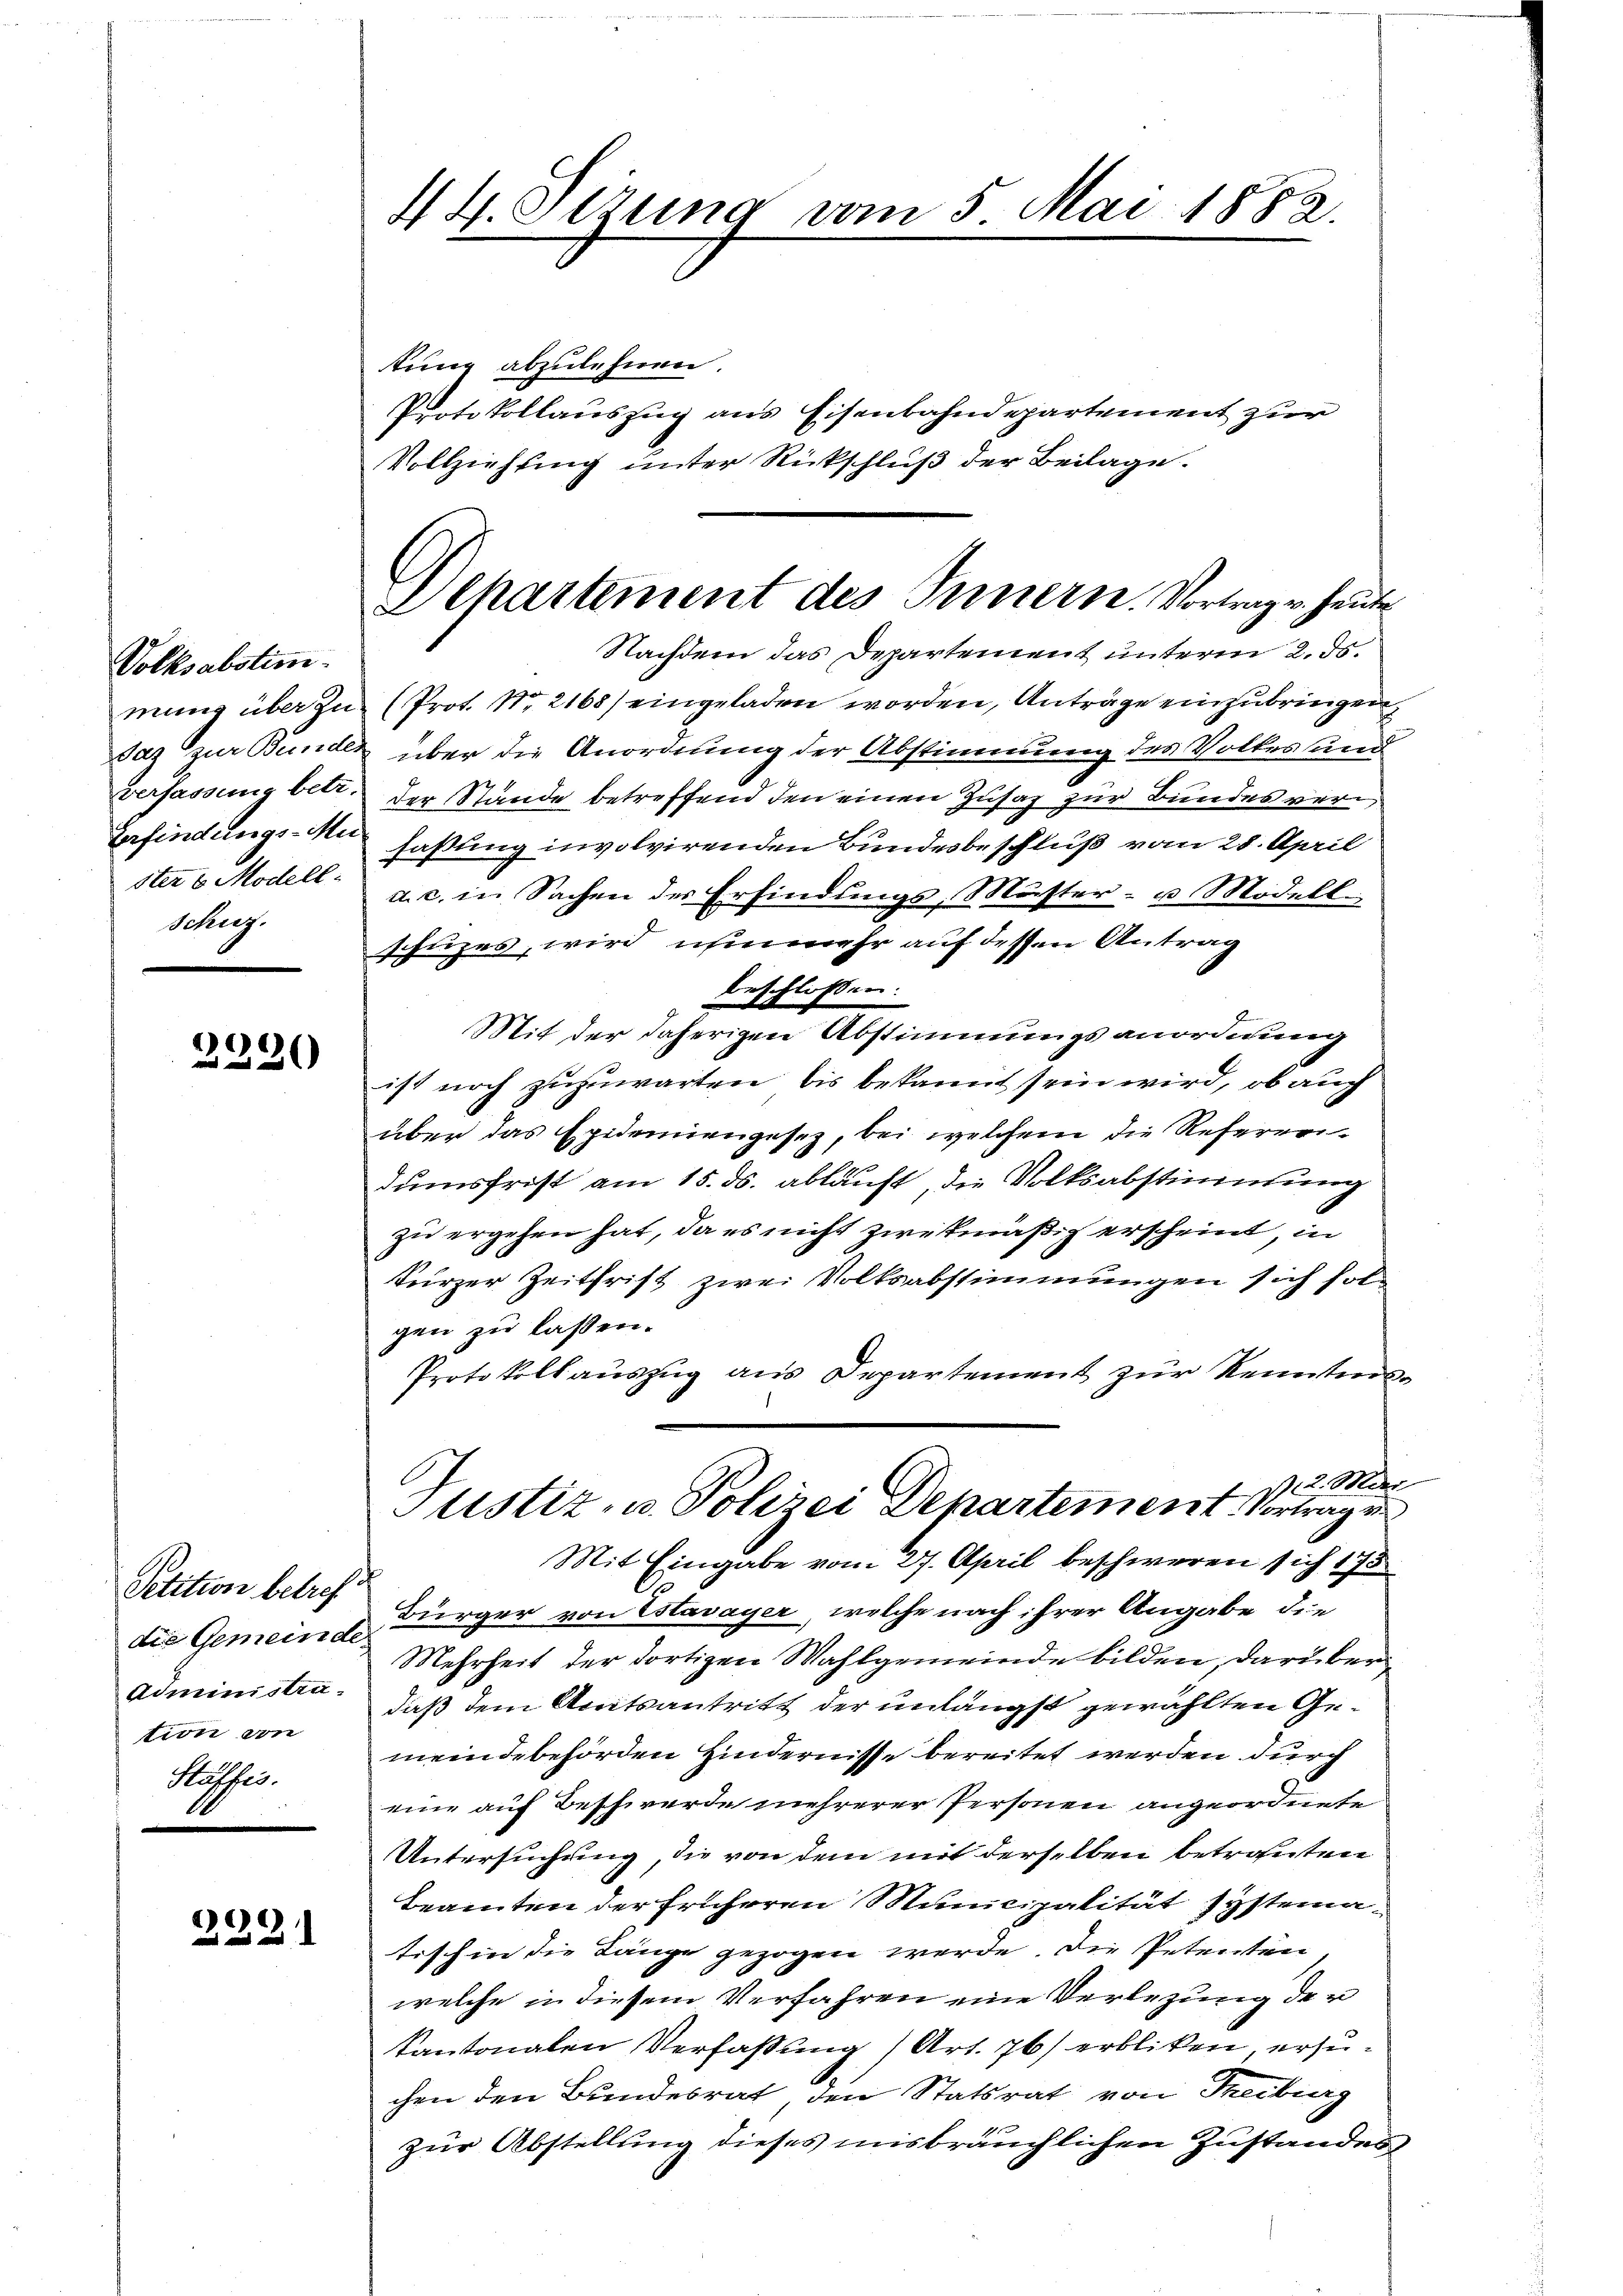
Volksabstim
mung über zu
das zur Bunden
verfassung betr.
Verfindungs-Mu
ster 6 Modell-
Schny.

Petition betref
die Gemeinde
Administra
tion von
Russes.

.
ind in 2

2231

44. Ottung vom 5. Mai 1882.

tung abzulehnen.
Protokollauszug aus Eisenbahndepartement zur
Vollziehung unter Rückschluß der Beilage.

Alkartement des Innern. Vortrag v. heute
Nachdem das Departement unterm 2. ds.

(Prot. Nr. 2168) eingeladen worden, Anträge einzubringen,
über die Anordnung der Abstimmung des Volkes und
der Stände betreffend den einen Zusaz zur Bundes verfassung involvirenden Bundesbeschluß vom 28. April
a. c. in Sachen der Erfindungs, Muster- u Modell-
schuzes, wird nunmehr auf dessen Antrag
beschlossen:
Mit der daherigen Abstimmungsanordnung
ist noch zuzuwarten, bis bekannt sein wird, ob auch
über das Epidemiengesetz, bei welchem die Referreidumsfrist am 15. ds. abläuft, die Volksabstimmung
zu ergehen hat, da es nicht zwekmäßig erscheint, in
kürzer Zeitfrist zwei Volksabstimmungen sich fol-
gen zu lassen.
Protokoll auszug aus Departement zur Kenntniss 2. Mar
Justiz- u. Polizei Departement vortrag in
Mit Eingabe vom 27. April beschweren sich 175
Bürger von Estavayer, welche nach ihrer Angabe die
Mehrheit der dortigen Wahlgemeinde bilden, darüber
daß dem Amtsantritt der unlängst gewählten Gemeindebehörden Hindernisse bereitet werden durch
eine auf Beschwerde mehrerer Personen angeordnete
Untersuchung, die von dem mit derselben betranten
Beamten der früheren Municipalität systematisch in die Länge gezogen werde. Die Petenten
welche in diesem Verfahren eine Verlegung der
kantonalen Verfassung (Art. 76) erbliken, ersuchen den Bundesrat den Statsrat von Freibung
zur Abstellung dieses insbräuchlichen Zustandes